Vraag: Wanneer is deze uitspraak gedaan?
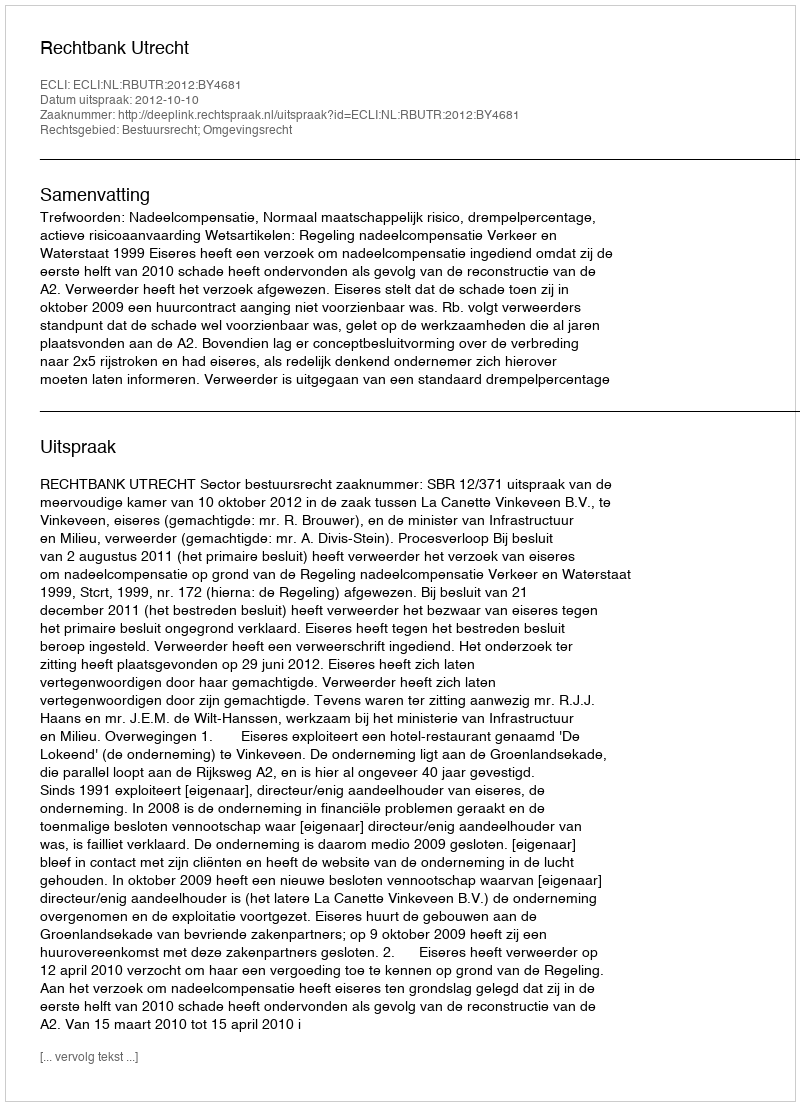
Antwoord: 2012-10-10